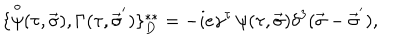
\{ { \frac { \buildrel \circ } { \psi } } ( \tau , \vec { \sigma } ) , \Gamma ( \tau , { \vec { \sigma } } ^ { ' } ) \} _ { D } ^ { * * } = - i e \gamma ^ { \tau } \, \psi ( \tau , \vec { \sigma } ) \delta ^ { 3 } ( \vec { \sigma } - { \vec { \sigma } } ^ { ' } ) ,